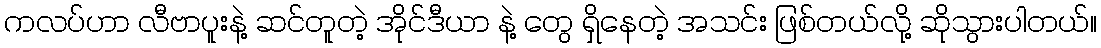
ကလပ်ဟာ လီဗာပူးနဲ့ ဆင်တူတဲ့ အိုင်ဒီယာ နဲ့ တွေ ရှိနေတဲ့ အသင်း ဖြစ်တယ်လို့ ဆိုသွားပါတယ်။